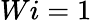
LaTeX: Wi=1